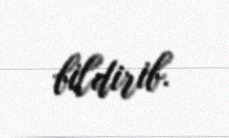
bildirib.